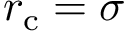
r _ { \mathrm { c } } = \sigma